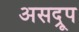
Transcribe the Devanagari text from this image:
असद्रूप